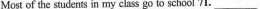
Most of the students in my class go to school 71.___